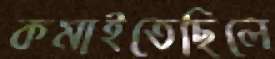
কমাইতেছিলে